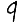
Digit: 9